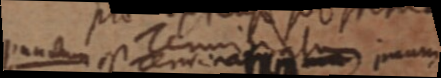
punctum est terminatum imum